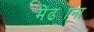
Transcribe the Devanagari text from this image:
मेंढ्यांना